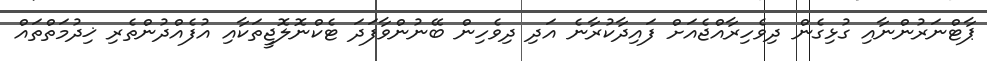
ޕާޓްނަރުންނާއި ގުޅިގެން ދިވެހިރާއްޖެއަށް ފައިދާކުރާނެ އަދި ދިވެހިން ބޭނުންވާފަދަ ޓެކްނޮލޮޖީތަކާއި އުފެއްދުންތެރި ޚިދުމަތްތައް